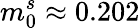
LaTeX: m_{0}^{s}\approx 0.202